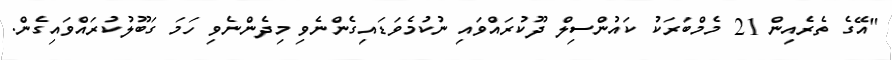
"އޭގެ ތެރެއިން 21 މެމްބަރަކު ކައުންސިލް ދޫކުރައްވައި ނުކުމެވަޑައިގެންނެވި މިދެންނެވި ހަމަ ގަބޫލުކުރައްވައިގެން.